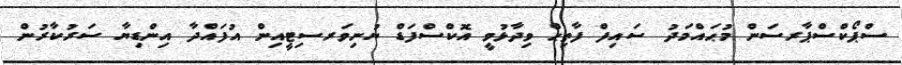
ސްޕޯކްސްޕާރސަން މުޙައްމަދު ސައިފް ފާތިޙް ވިދާޅުވީ އޮކްސްފަޑް ޔުނިވަރސިޓީއިން އުފައްދާ އިންޑިޔާ ސަރުކާރުން